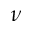
\nu